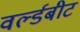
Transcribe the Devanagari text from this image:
वर्ल्डबीट